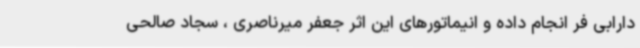
دارابی فر انجام داده و انیماتورهای این اثر جعفر میرناصری ، سجاد صالحی